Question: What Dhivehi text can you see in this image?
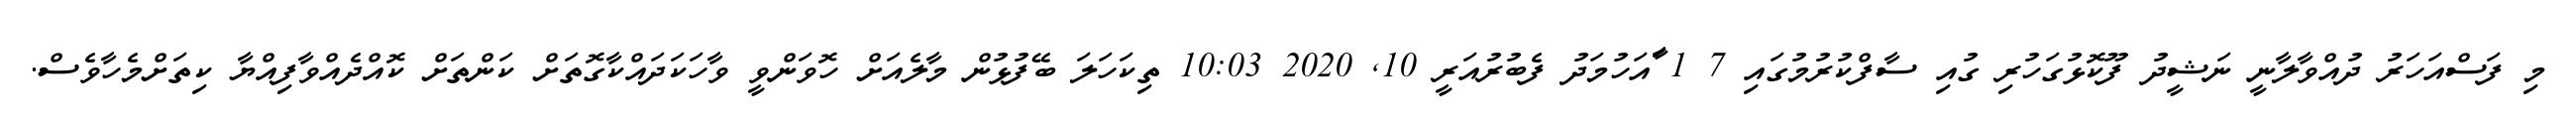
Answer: މި ފަސްއަހަރު ދުއްވާލާނީ ނަޝީދު ފޫކޮޅުގަހުރި ގުއި ސާފްކުރުމުގައި 7 1 ާައަހުމަދު ފެބުރުއަރީ 10, 2020 10:03 ތިކަހަލަ ބޭފުޅުން މާލެއަށް ހޮވަންވީ ވާހަކަދައްކާގޮތަށް ކަންތަށް ކޮއްދެއްވާފިއްޔާ ކިތަށްމެހާވެސް.